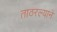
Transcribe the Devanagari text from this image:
ताठरल्याने